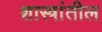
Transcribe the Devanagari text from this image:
शास्त्रांतील